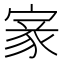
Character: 𡩵